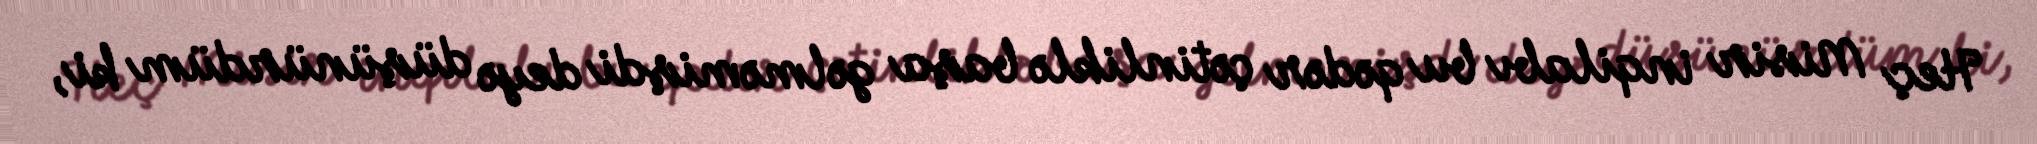
Heç Misir inqilabı bu qədər çətinliklə başa gəlməmişdi deyə düşünürdüm ki,